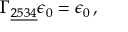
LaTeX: \Gamma _ { \underline { { { 2 5 3 4 } } } } \epsilon _ { 0 } = \epsilon _ { 0 } \, , \qquad